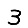
Digit: 3